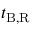
t _ { \mathrm { B , R } }